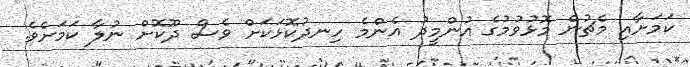
ކަމަށާއި މެޗުން މޮޅުވުމުގެ އުންމީދު އެންމެ ހިނދުކޮޅަކަށް ވެސް ދޫކޮށް ނުލާ ކަމަށެވެ.